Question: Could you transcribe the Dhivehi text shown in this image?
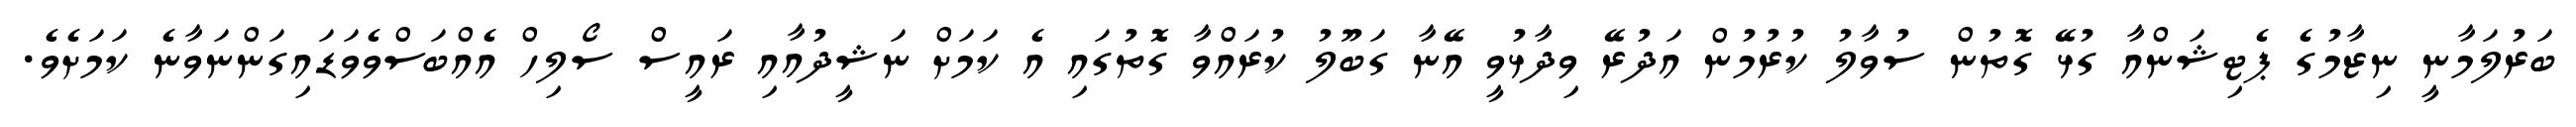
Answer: ބަރުލަމާނީ ނިޒާމުގެ ޕެޓިޝަންއާ ގުޅޭ ގޮތުން ސުވާލު ކުރުމުން އަދުރޭ ވިދާޅުވީ އޭނާ ގަބޫލު ކުރައްވާ ގޮތުގައި އެ ކަމަށް ނަޝީދުއާއި ރައީސް ސޯލިހް އެއްބަސްވެވަޑައިގަންނަވާނެ ކަމަށެވެ.